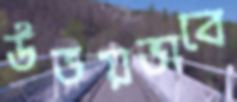
উভয়ভাবে